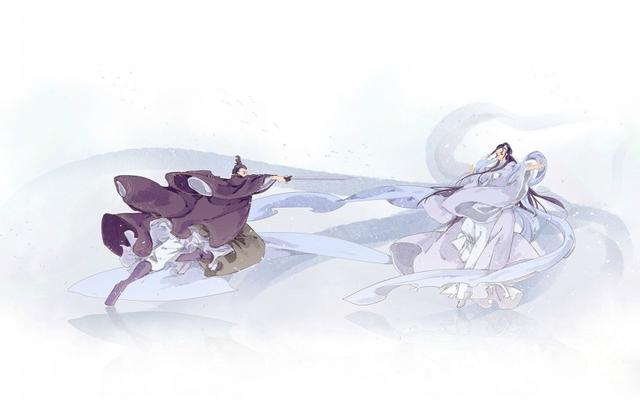
半壁横江矗起，一舟载雨孤行。